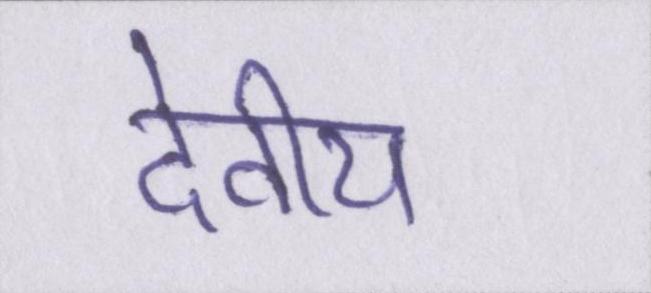
देवीय